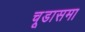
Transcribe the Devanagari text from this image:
चूडासमा